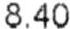
8.40